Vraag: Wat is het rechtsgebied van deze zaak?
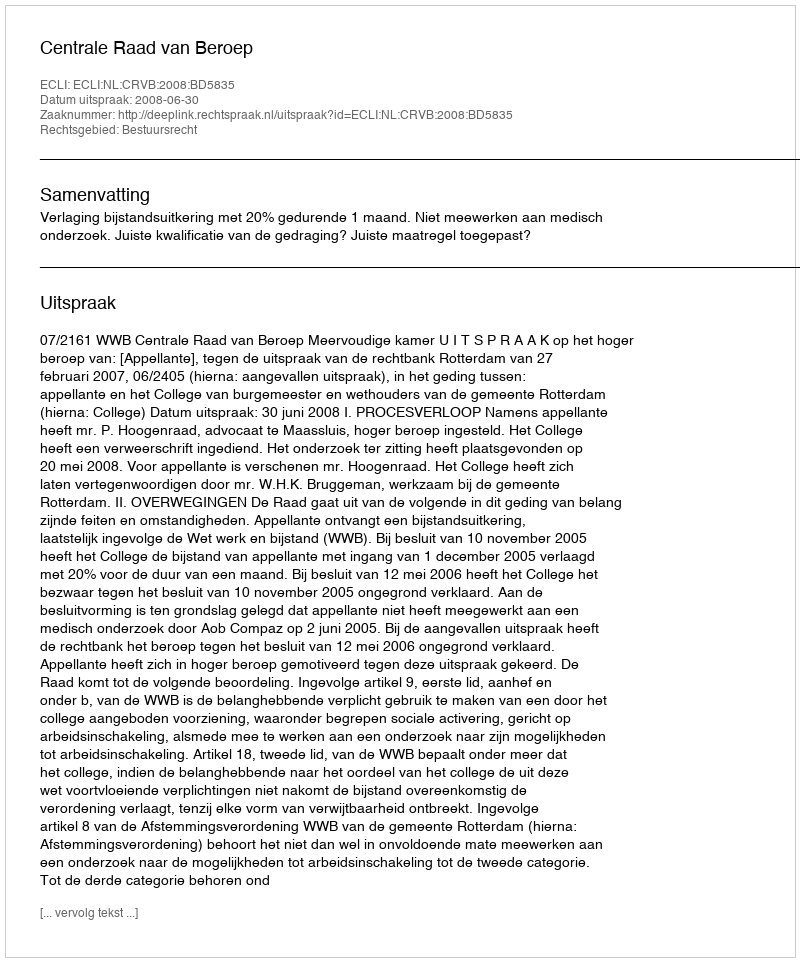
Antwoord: Bestuursrecht